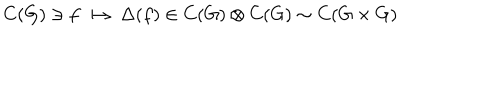
C ( G ) \ni f \longmapsto \Delta ( f ) \in C ( G ) \otimes C ( G ) \sim C ( G \times G )